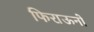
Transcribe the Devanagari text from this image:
फिराऊनों